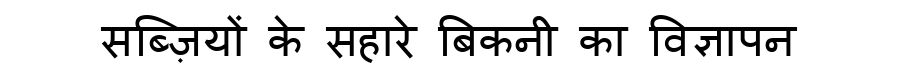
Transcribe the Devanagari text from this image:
सब्ज़ियों के सहारे बिकनी का विज्ञापन